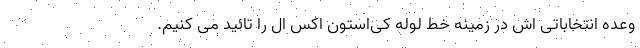
وعده انتخاباتی اش در زمینه خط لوله کی‌استون اکس ال را تائید می کنیم.